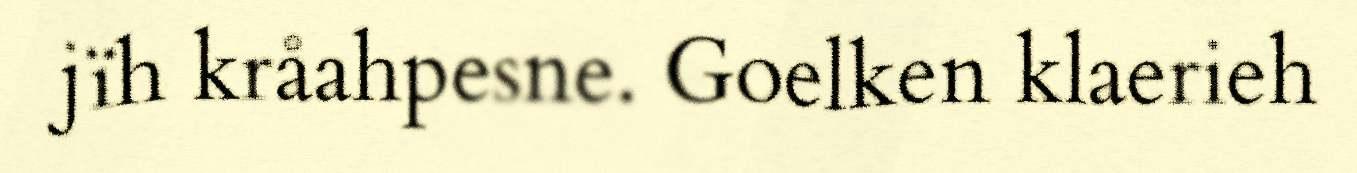
jïh kråahpesne. Goelken klaerieh